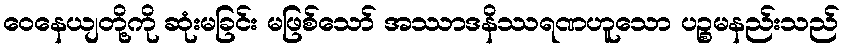
ဝေနေယျတို့ကို ဆုံးမခြင်း မဖြစ်သော် အဿာဒနိဿရဏဟူသော ပဉ္စမနည်းသည်